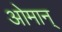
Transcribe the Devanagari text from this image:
ओमान्